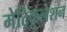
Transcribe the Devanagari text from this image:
मेट्रिकुलेशन